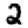
Digit: 2